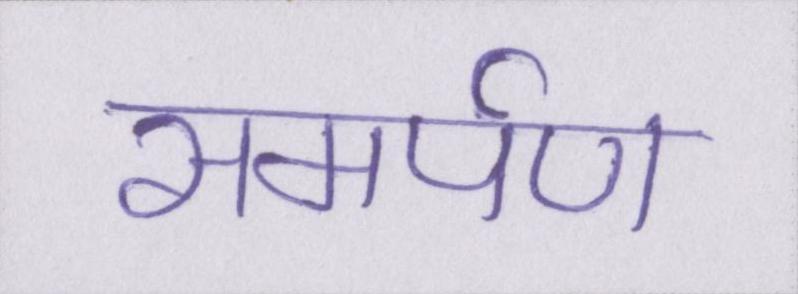
समर्पण